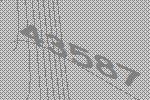
43587